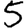
Digit: 5